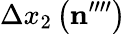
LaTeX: \Delta x_{2}\left(\mathbf{n}^{\prime\prime\prime\prime}\right)